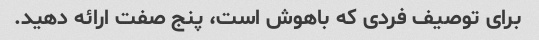
برای توصیف فردی که باهوش است، پنج صفت ارائه دهید.